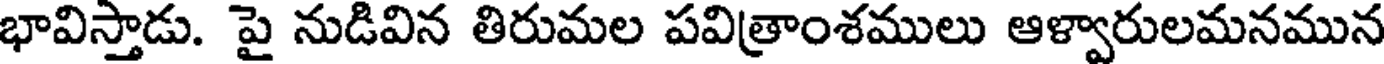
భావిస్తాడు. పై నుడివిన తిరుమల పవిత్రాంశములు ఆళ్వారులమనమున